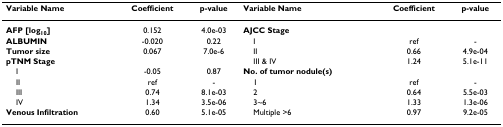
| Variable Name | Coefficient | p-value | Variable Name | Coefficient | p-value |
 | --- | --- | --- | --- | --- | --- |
 | AFP [log10] | 0.152 | 4.0e-03 | AJCC Stage |  |  |
 | ALBUMIN | -0.020 | 0.22 | I | ref | - |
 | Tumor size | 0.067 | 7.0e-6 | II | 0.66 | 4.9e-04 |
 | pTNM Stage |  |  | III & IV | 1.24 | 5.1e-11 |
 | I | -0.05 | 0.87 | No. of tumor nodule(s) |  |  |
 | II | ref | - | 1 | ref | - |
 | III | 0.74 | 8.1e-03 | 2 | 0.64 | 5.5e-03 |
 | IV | 1.34 | 3.5e-06 | 3~6 | 1.33 | 1.3e-06 |
 | Venous Infiltration | 0.60 | 5.1e-05 | Multiple >6 | 0.97 | 9.2e-05 |